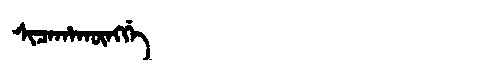
Manchu: ᠰᡳᠴᠠᡥᠠᡴᡡᠩᡤᡝ
Romanization: SICAHAKŪNGGE